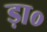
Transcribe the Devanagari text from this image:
ड़ा०